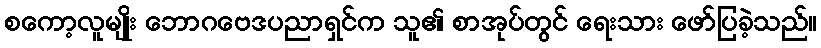
စကော့လူမျိုး ဘောဂဗေဒပညာရှင်က သူ၏ စာအုပ်တွင် ရေးသား ဖော်ပြခဲ့သည်။